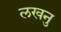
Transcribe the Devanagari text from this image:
लखनु